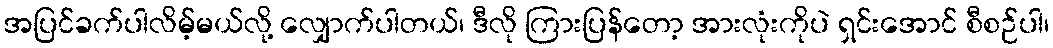
အပြင်ခက်ပါလိမ့်မယ်လို့ လျှောက်ပါတယ်၊ ဒီလို ကြားပြန်တော့ အားလုံးကိုပဲ ရှင်းအောင် စီစဉ်ပါ၊